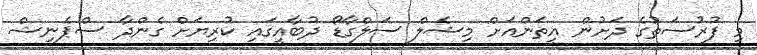
މި ފުރުސަތުގެ ދަށުން އީތަންއަށް މިޝެލް ސަލްގާޑޯ ދުބާއީގައި ކުރިޔަށް ގެންދާ ސްޕެނިޝް